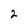
Character: 2